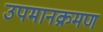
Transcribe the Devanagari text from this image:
उपमानक्रमण